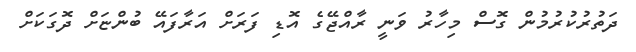
ދަތުރުކުރުމުން ގޮސް މިހާރު ވަނީ ރާއްޖޭގެ އޮޑި ފަރަށް އަރާފައޭ ބުންޏަށް ދޮގަކަށް